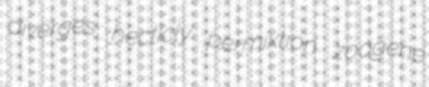
diverges hecticly permixtion zoogene